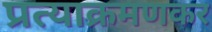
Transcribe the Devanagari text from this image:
प्रत्याक्रमणकर